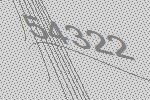
54322